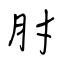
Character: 肘